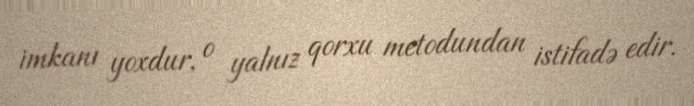
imkanı yoxdur, o yalnız qorxu metodundan istifadə edir.